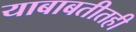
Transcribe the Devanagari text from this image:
याबाबतीतही